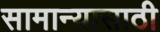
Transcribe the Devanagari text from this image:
सामान्यासाठी